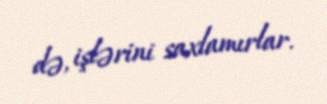
də, işlərini saxlamırlar.